Vaccine operations Central Provinces 1868-1885 - 1868-1885
Year: 1868
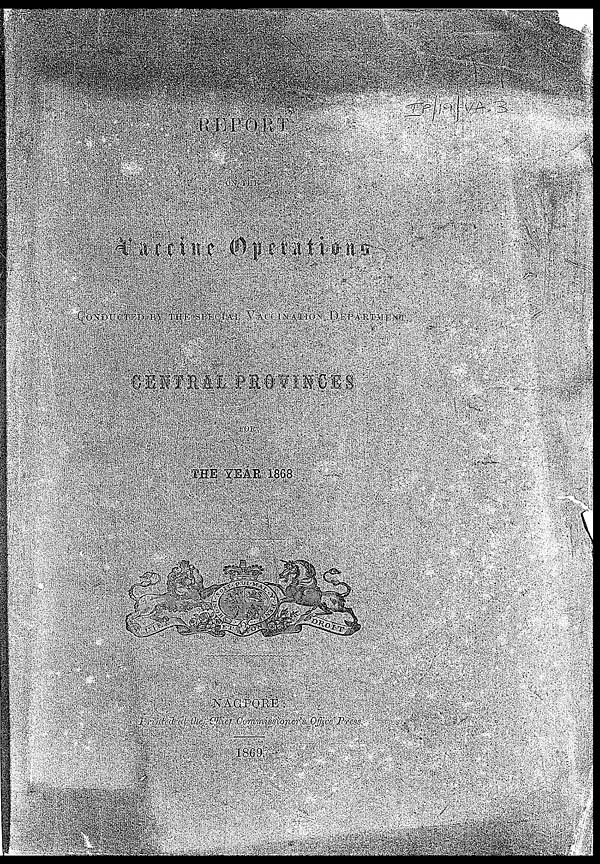
REPORT
ON THE
Vaccine Operations
CONDUCTED BY THE SPECIAL VACCINATION DEPARTMENT
CENTRAL PROVINCES
FOR
THE YEAR 1868
NAGPORE
Printed at the Chief Commissioner's Office Press,
1869.